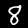
Label: 8